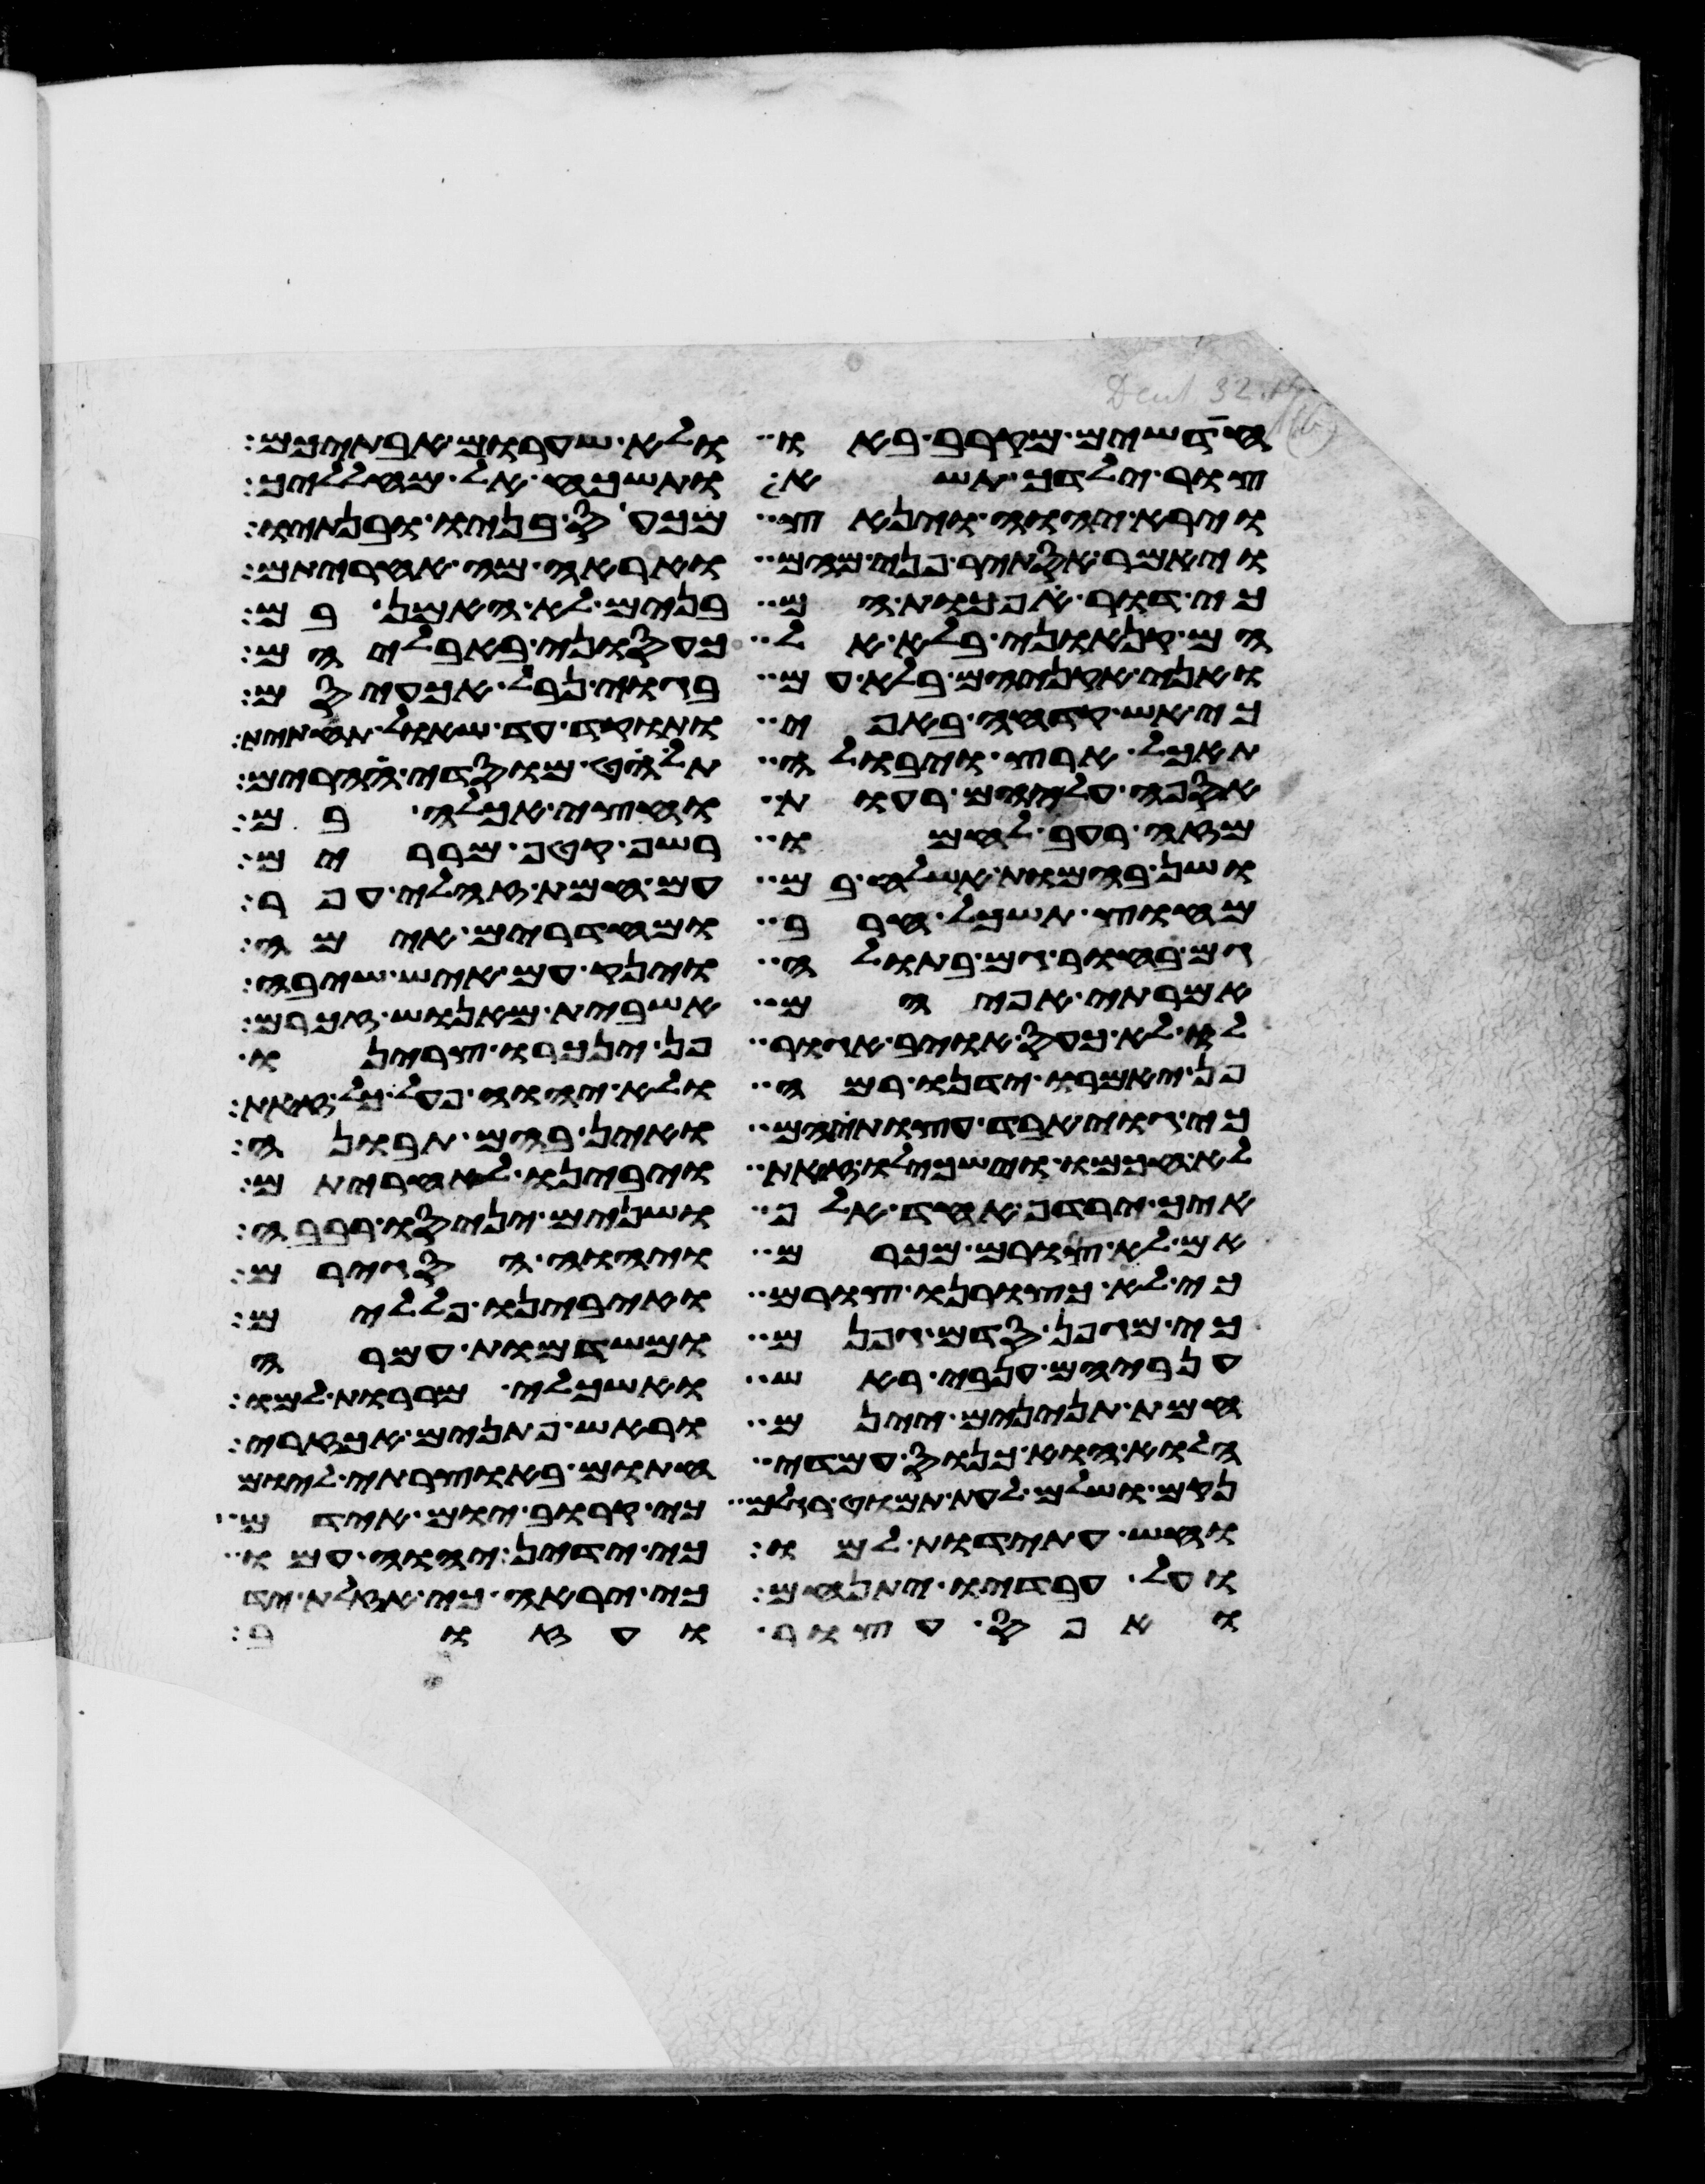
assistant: חדשים מקרב באו ולא שערום אבתיכם
צור ילדך תשא ותשכח אל מהללך
וירא יהוה וינאץ מכעס בניו ובנתיו
ויאמר אסתיר פני מהם ואראה מה אחריתם
כי דור הפכות הם בנים לא האמן בם
הם קנאוני בלא אל כעסוני באבליהם
ואני אקניאם בלא עם בגוי נבל אכעיסם
כי אש קדחה באפי ותוקד עד שאל תחתית
תאכל ארץ ויבולה תלחט מוסדי הרים
אספה עליהם רעות וחצי אכלה בם
מזה רעב לחמו רשף קטף מררים
ושן בהמות אשלח בם עם חמת זחלי עפר
מחוץ תשכל חרב ומחדרים אימה
גם בחור גם בתולה וינק עם איש שיבה
אמרתי אפי הם אשבית מאנוש זכרם
לו לא כעס איבי אגור פן ינכרו צרינו
פן יאמרו ידינו רמה ולא יהוה פעל כל זאת
כי גוי אבד עצות הם ואין בהם תבונה
לא חכמו וישכילו זאת ויבינו לאחריתם
איך ירדף אחד אלף ושנים יניסו רבבה
אם לא צורם מכרם ויהוה הסגירם
כי לא כצורנו צורם ואיבינו פללים
כי מגפן סדם גפנם ומשדמות עמרה
ענביהם ענבי ראש ואשכלי מררות למו
חמת תנינים יינם וראש פתנים אך זרי
הלוא הוא כנוס עמדי חתום באוצרתי ליום
נקם ושלם לעת תמוט רגלם כי קרוב יום אידם
וחש עתידת למו כי ידין יהוה עמו
ועל עבדיו יתנחם כי יראה כי אזלת יד
ואפס עצור ועזוב